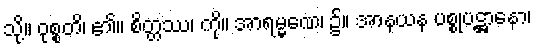
သို့။ ဝုစ္စတိ၊ ၏။ စိတ္တဿ၊ ကို။ အာရမ္မဏေ၊ ၌။ အာနယန ပစ္စုပဋ္ဌာနော၊